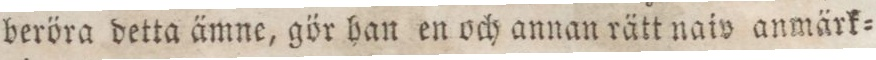
beröra detta ämne, gör han en och annan rätt naiv anmärk=